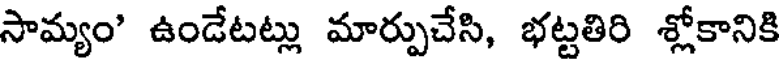
సామ్యం' ఉండేటట్లు మార్పుచేసి, భట్టతిరి శ్లోకానికి